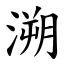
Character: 溯